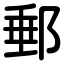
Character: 郵